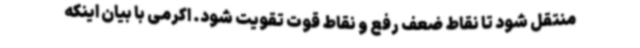
منتقل شود تا نقاط ضعف رفع و نقاط قوت تقویت شود. اکرمی با بیان اینکه